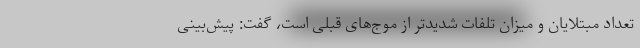
تعداد مبتلایان و میزان تلفات شدیدتر از موج‌های قبلی است، گفت: پیش‌بینی